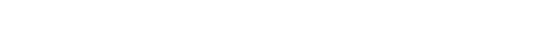
သွားတာကိုချည်း တွေ့နေရတယ်၊ မြင်တယ်ဆိုရင် မြင်ရတာရော မြင်တာရော မှတ်သိတာရော ရိပ်ခနဲ